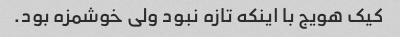
کیک هویج با اینکه تازه نبود ولی خوشمزه بود.